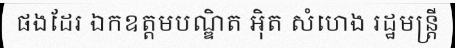
ផងដែរ ឯកឧត្តមបណ្ឌិត អ៊ិត សំហេង រដ្ឋមន្ត្រី